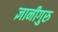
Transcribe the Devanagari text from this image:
ज्ञानीगुरु